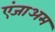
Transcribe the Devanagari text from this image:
एंजाअम